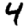
Digit: 4